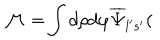
\mathcal { M = } \int d \rho d \varphi \overline { { { \Psi } } } _ { l ^ { \prime } s ^ { \prime } } (